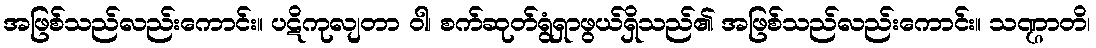
အဖြစ်သည်လည်းကောင်း။ ပဋိကုလျတာ ဝါ၊ စက်ဆုတ်ရွံရှာဖွယ်ရှိသည်၏ အဖြစ်သည်လည်းကောင်း။ သဏ္ဌာတိ၊